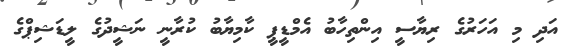
އަދި މި އަހަރުގެ ރިޔާސީ އިންތިހާބު އެމްޑީޕީ ކާމިޔާބު ކުރާނީ ނަޝީދުގެ ލީޑަޝިޕްގެ